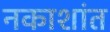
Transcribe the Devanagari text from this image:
नकाशांत